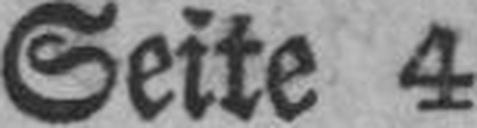
Seite 4